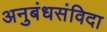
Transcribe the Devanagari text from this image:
अनुबंधसंविदा